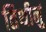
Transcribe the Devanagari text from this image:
तिथीनुं